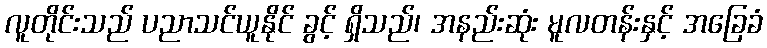
လူတိုင်းသည် ပညာသင်ယူနိုင် ခွင့် ရှိသည်၊ အနည်းဆုံး မူလတန်းနှင့် အခြေခံ